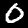
Label: 0